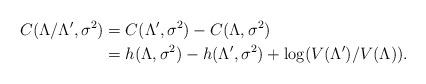
LaTeX: \begin{align*} C(\Lambda/\Lambda', \sigma^2) &= C(\Lambda', \sigma^2) - C(\Lambda, \sigma^2) \\ &= h(\Lambda, \sigma^2) - h(\Lambda', \sigma^2) + \log (V(\Lambda')/V(\Lambda)).\end{align*}